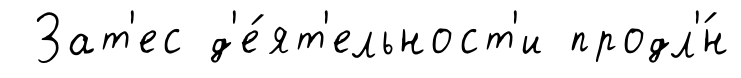
Зат'ес д'е́ят'ельност'и продл'́н